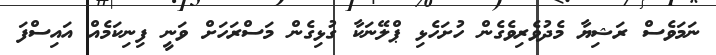
ނަމަވެސް ރަޝިޔާ މެދުވެރިވެގެން ހުށަހެޅި ޕްލޭނަކާ ގުޅިގެން މަސްރަހަށް ވަނީ ފިނިކަމެއް އައިސްފަ